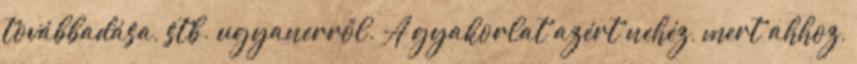
továbbadása, stb. ugyanerről. A gyakorlat azért nehéz, mert ahhoz,